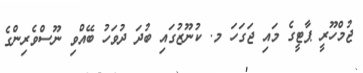
ޖުމްހޫރީ ޕާޓީގެ މައި ޖަގަހަ މ. ކުނޫޒުގައި ބުދަ ދުވަހު ބޭއްވި ނޫސްވެރިންގެ